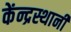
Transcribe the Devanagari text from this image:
केंन्द्रस्थानी